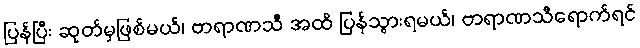
ပြန်ပြီး ဆုတ်မှဖြစ်မယ်၊ ဗာရာဏသီ အထိ ပြန်သွားရမယ်၊ ဗာရာဏသီရောက်ရင်